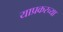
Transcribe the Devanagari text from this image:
याप्रकरच्या